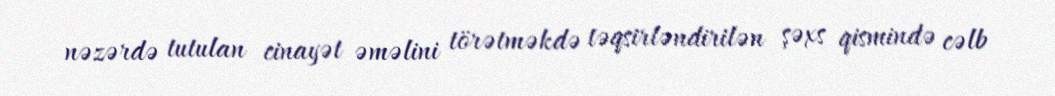
nəzərdə tutulan cinayət əməlini törətməkdə təqsirləndirilən şəxs qismində cəlb